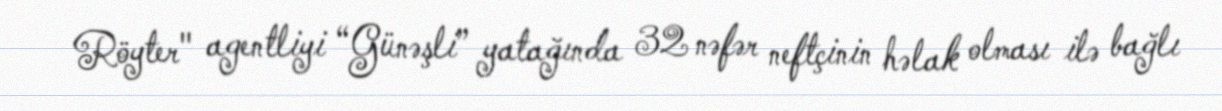
Röyter" agentliyi “Günəşli” yatağında 32 nəfər neftçinin həlak olması ilə bağlı